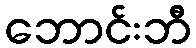
ဘောင်းဘီ